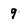
Character: 9